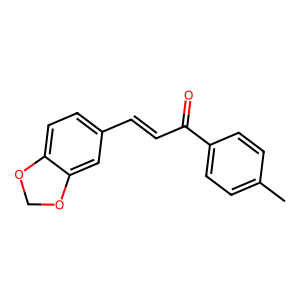
SMILES: Cc1ccc(C(=O)C=Cc2ccc3c(c2)OCO3)cc1
Inhibits HIV replication: No